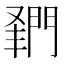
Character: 𨴦